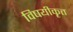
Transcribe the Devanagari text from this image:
विषयीकृत